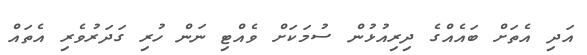
އަދި އެތަށް ބައެއްގެ ދިރިއުޅުން ސުމަކަށް ވެއްޓި ނަން ހުރި ގަދަރުވެރި އެތައް